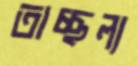
তাচ্ছল্য